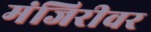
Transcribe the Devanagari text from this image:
मंजिरीवर